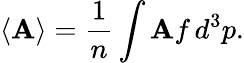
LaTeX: \langle\mathbf{A}\rangle={\frac{{1}}{{n}}}\int\mathbf{A}f\, d^{3}p.